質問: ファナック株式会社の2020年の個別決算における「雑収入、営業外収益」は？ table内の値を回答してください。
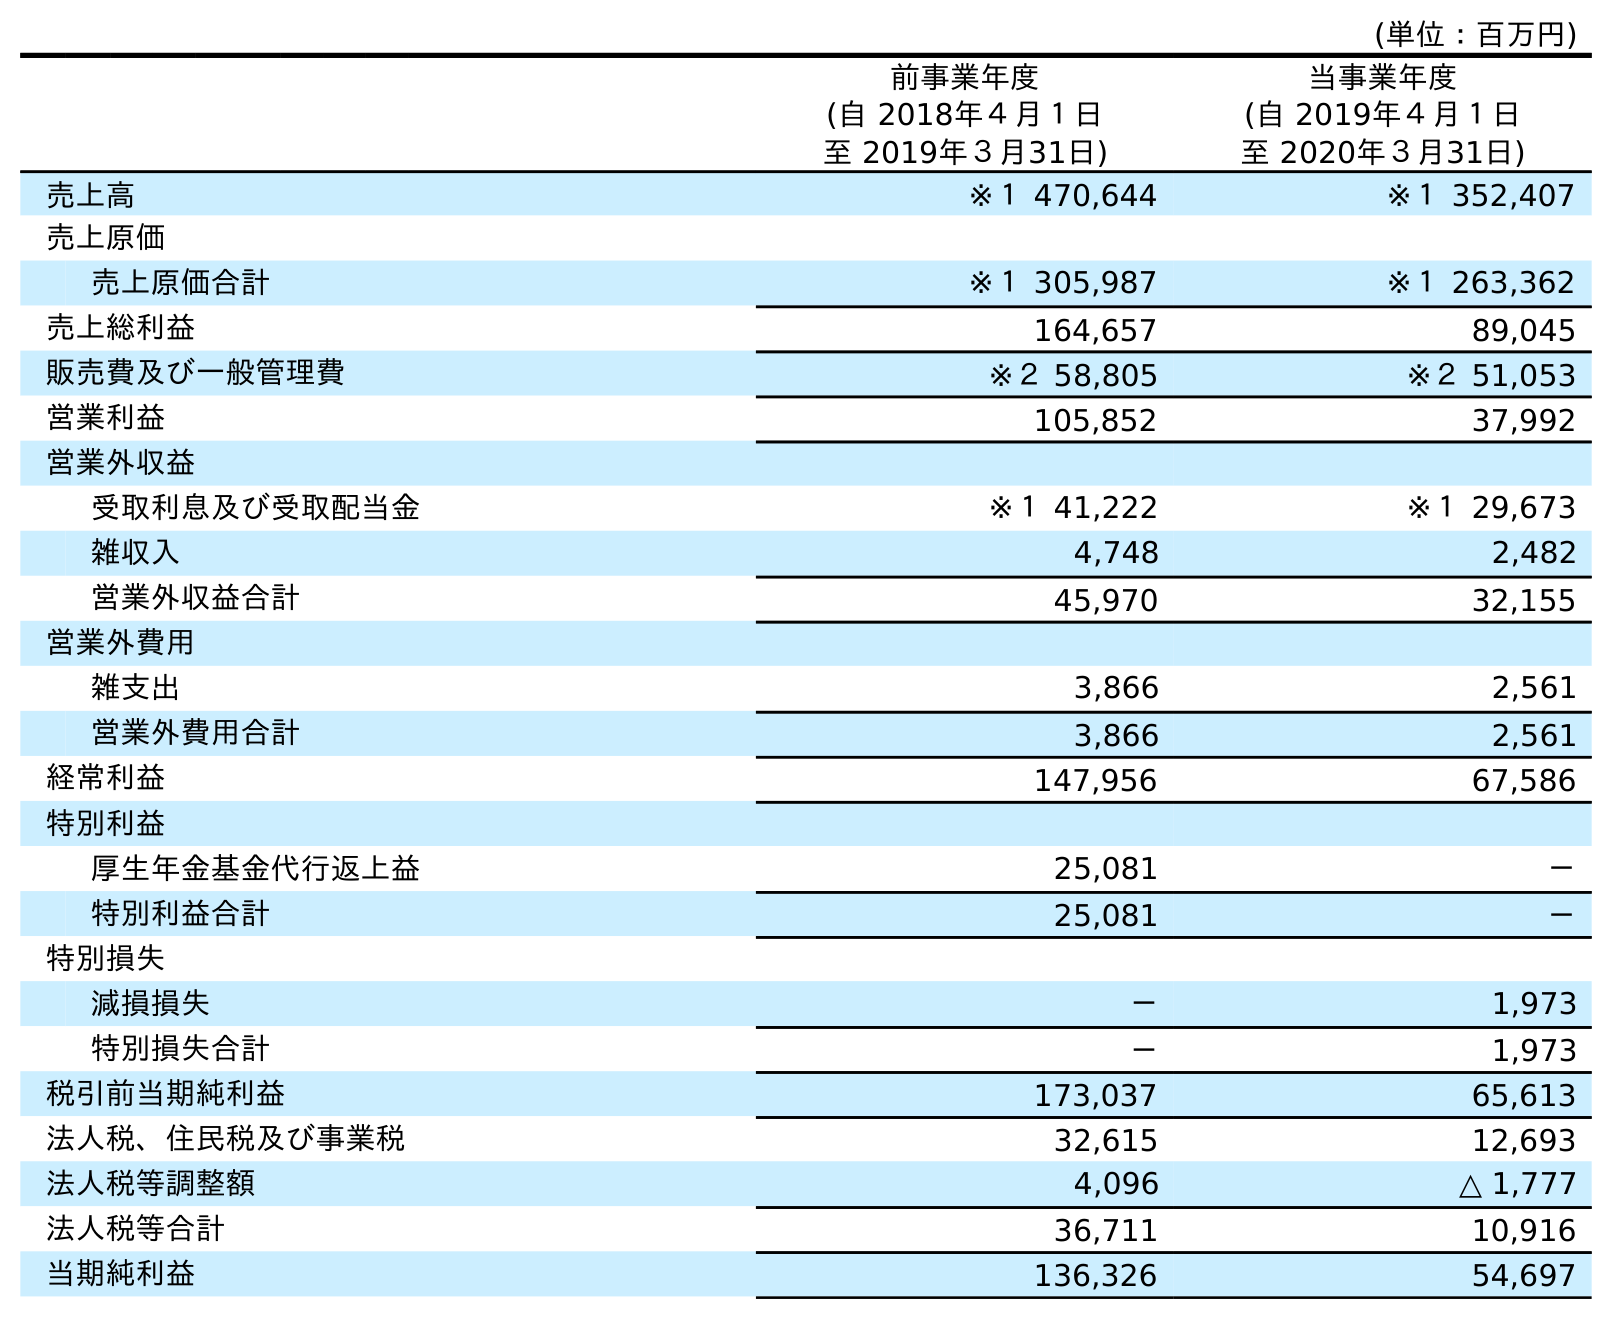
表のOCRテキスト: (単位：百万円) 前事業年度 (自 2018年４月１日 至 2019年３月31日) 当事業年度 (自 2019年４月１日 至 2020年３月31日) 売上高 ※１ 470,644 ※１ 352,407 売上原価 売上原価合計 ※１ 305,987 ※１ 263,362 売上総利益 164,657 89,045 販売費及び一般管理費 ※２ 58,805 ※２ 51,053 営業利益 105,852 37,992 営業外収益 受取利息及び受取配当金 ※１ 41,222 ※１ 29,673 雑収入 4,748 2,482 営業外収益合計 45,970 32,155 営業外費用 雑支出 3,866 2,561 営業外費用合計 3,866 2,561 経常利益 147,956 67,586 特別利益 厚生年金基金代行返上益 25,081 － 特別利益合計 25,081 － 特別損失 減損損失 － 1,973 特別損失合計 － 1,973 税引前当期純利益 173,037 65,613 法人税、住民税及び事業税 32,615 12,693 法人税等調整額 4,096 △ 1,777 法人税等合計 36,711 10,916 当期純利益 136,326 54,697
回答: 2,482